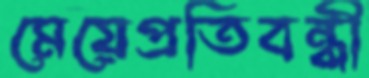
মেয়েপ্রতিবন্ধী